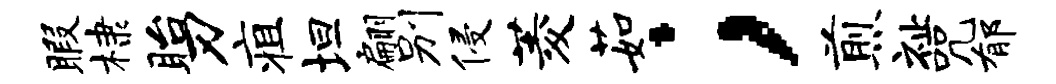
暇棣眙刃疽坦翩别侵菱茹；煎祉咒郁